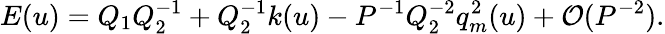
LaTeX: E(u)=Q_{1}Q_{2}^{-1}+Q_{2}^{-1}k(u)-P^{-1}Q_{2}^{-2}q_{m}^{2}(u)+{\cal O}(P^{-2}).